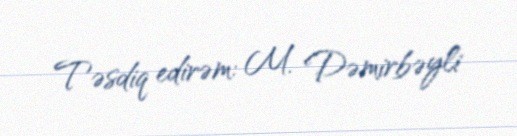
Təsdiq edirəm: M. Dəmirbəyli